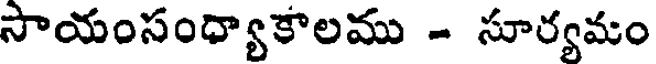
సాయంసంధ్యాకాలము - సూర్యమం